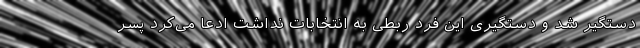
دستگیر شد و دستگیری این فرد ربطی به انتخابات نداشت ادعا می‌کرد پسر